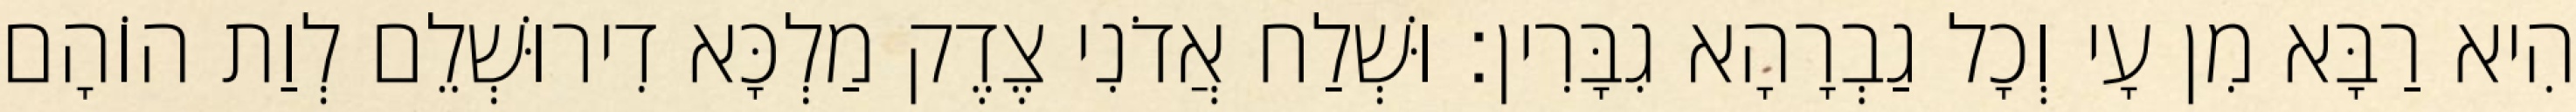
הִיא רַבָּא מִן עָי וְכָל גַבְרָהָא גִבָּרִין׃ וּשְׁלַח אֲדֹנִי צֶדֶק מַלְכָּא דִירוּשְׁלֵם לְוַת הוֹהָם